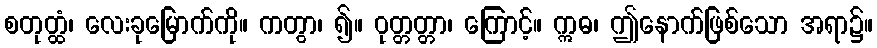
စတုတ္ထံ၊ လေးခုမြောက်ကို။ ကတွာ၊ ၍။ ဝုတ္တတ္တာ၊ ကြောင့်။ ဣဓ၊ ဤနောက်ဖြစ်သော အရာ၌။